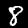
Digit: 8